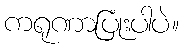
ကရုဏာပြုံးပါပဲ။